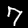
Label: 7